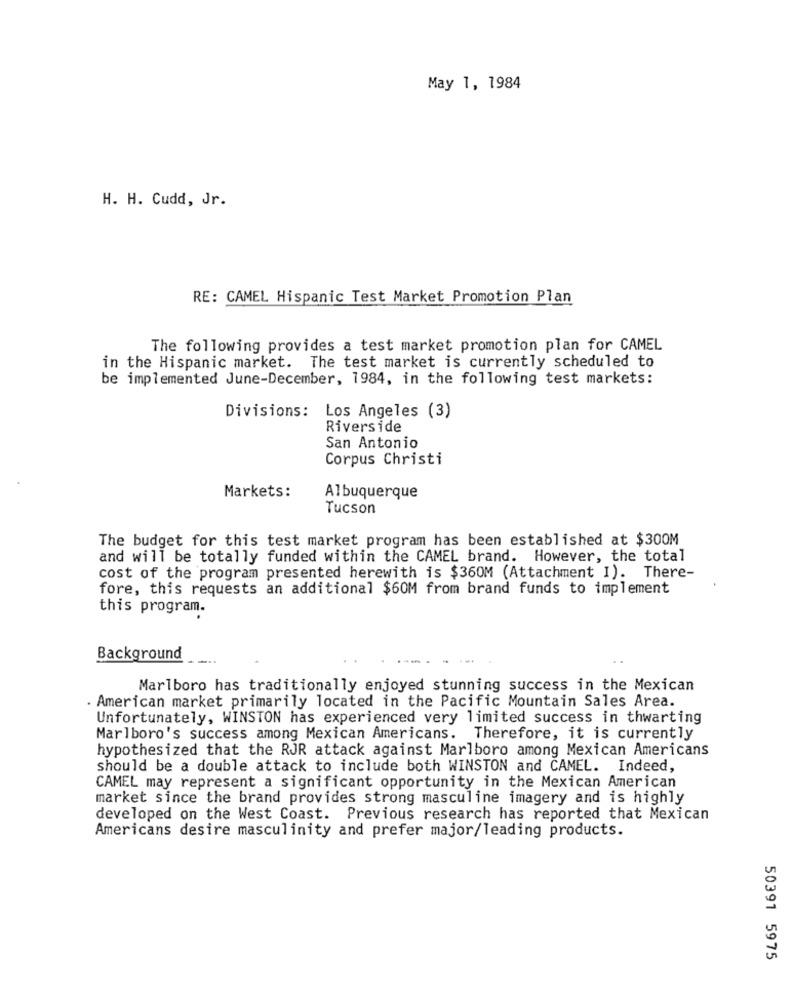
May 1, 1984
H. H. Cudd, Jr.
RE: CAMEL Hispanic Test Market Promotion Plan
The following provides a test market promotion plan for CAMEL
in the Hispanic market. The test market is currently scheduled to
be implemented June-December, 1984, in the following test markets:
Divisions: Los Angeles (3)
Riverside
San Antonio
Corpus Christi
Markets:
Albuquerque
Tucson
The budget for this test market program has been established at $300M
and will be totally funded within the CAMEL brand. However, the total
cost of the program presented herewith is $360M (Attachment I). There-
fore, this requests an additional $60M from brand funds to implement
this program.
Background
Marlboro has traditionally enjoyed stunning success in the Mexican
. American market primarily located in the Pacific Mountain Sales Area.
Unfortunately, WINSTON has experienced very limited success in thwarting
Marlboro's success among Mexican Americans. Therefore, it is currently
hypothesized that the RJR attack against Marlboro among Mexican Americans
should be a double attack to include both WINSTON and CAMEL. Indeed,
CAMEL may represent a significant opportunity in the Mexican American
market since the brand provides strong masculine imagery and is highly
developed on the West Coast. Previous research has reported that Mexican
Americans desire masculinity and prefer major/leading products.
50391 5975